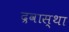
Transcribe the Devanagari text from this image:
द्रवास्था